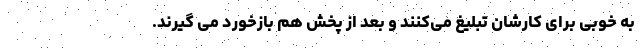
به خوبی برای کارشان تبلیغ می‌کنند و بعد از پخش هم بازخورد می گیرند.